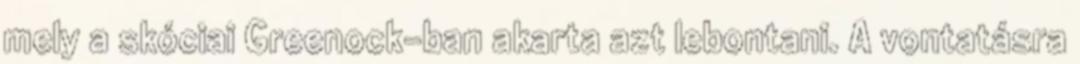
mely a skóciai Greenock-ban akarta azt lebontani. A vontatásra